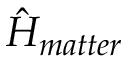
\hat { H } _ { m a t t e r }